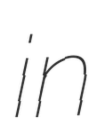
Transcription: in